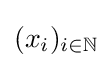
(x_{i})_{i\in \mathbb {N} }